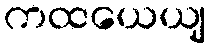
ကထယေယျ